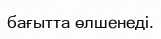
бағытта өлшенеді.